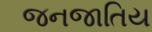
જનજાતિય